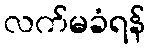
လက်မခံရန်